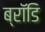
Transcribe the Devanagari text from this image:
ब्रॉडि